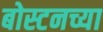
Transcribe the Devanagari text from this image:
बोस्टनच्या